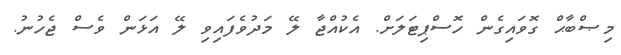
މިޞްބާޙް ގޮވައިގެން ހޮސްޕިޓަލަށް. އެކުއްޖާ ލޭ މަދުވެފައިވި ލޭ އަޅަން ވެސް ޖެހުނު.